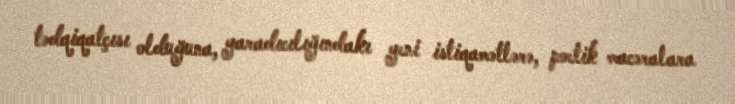
tədqiqatçısı olduğuna, yaradıcılığındakı yeni istiqamətlərə, poetik macəralara